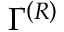
{ \Gamma } ^ { \left( R \right) }